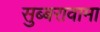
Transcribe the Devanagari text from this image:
सुब्बरावामा